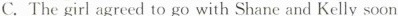
C.The giri agreed to go with Shane and Kelly soon.